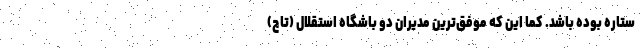
ستاره بوده باشد. کما این که موفق‌ترین مدیران دو باشگاه استقلال (تاج)